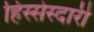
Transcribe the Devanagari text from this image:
हिस्सेस्दारी